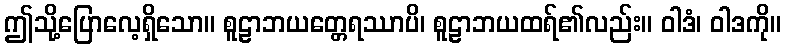
ဤသို့ပြောလေ့ရှိသော။ စူဠာဘယတ္တေရဿာပိ၊ စူဠာဘယထရ်၏လည်း။ ဝါဒံ၊ ဝါဒကို။